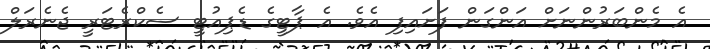
އެ މެންބަރުންނަށް އަންގަން ފަށައިފި އެވެ. އެ ޕާޓީގެ ޑެޕިއުޓީ ސެކްރެޓަރީ ޖެނެރަލް